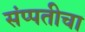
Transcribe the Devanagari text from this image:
संप्पतीचा